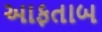
આફતાબ